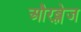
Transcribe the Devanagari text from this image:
औरब्लेज